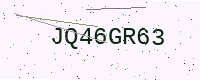
Text: JQ46GR63